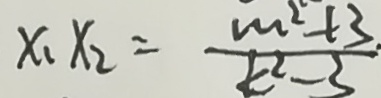
x _ { 1 } x _ { 2 } = \frac { m ^ { 2 } + 3 . } { k ^ { 2 } - 3 }